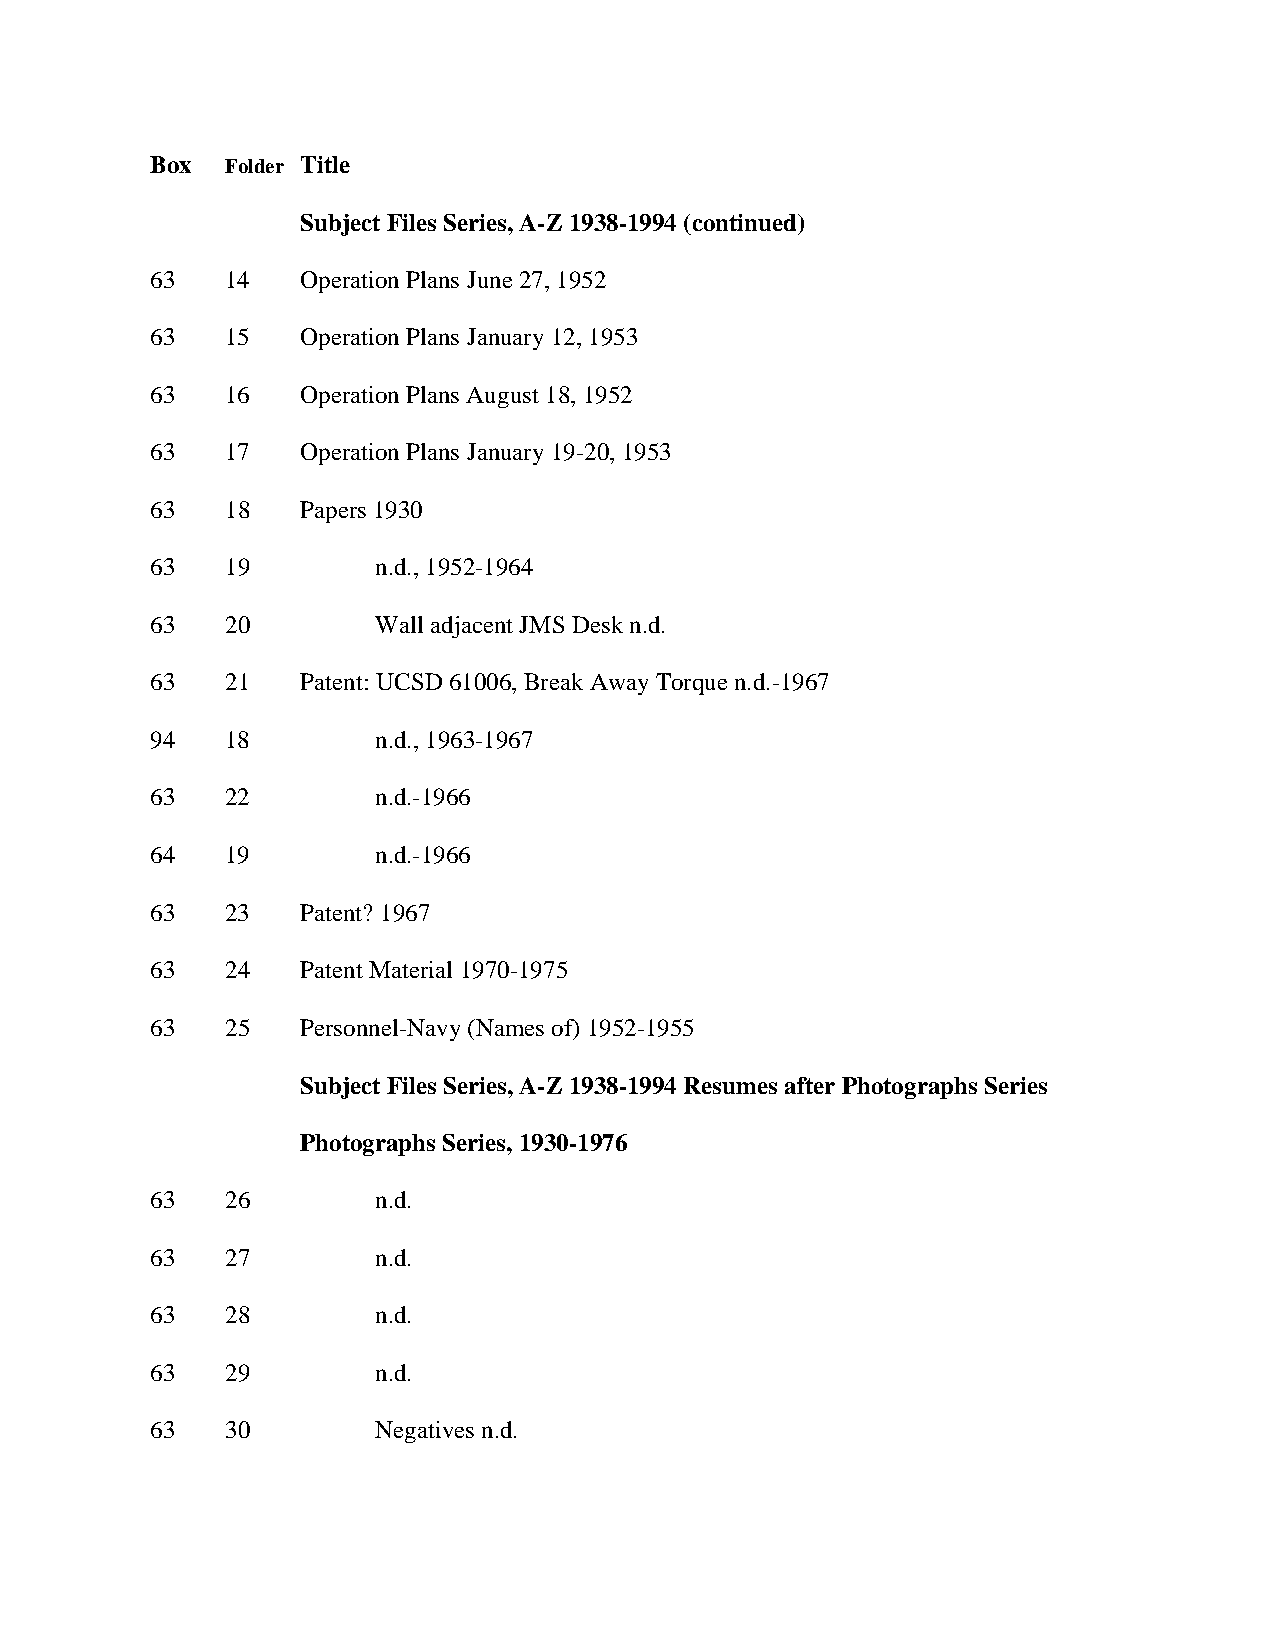
Box  Folder Title
 Subject Files Series, A-Z 1938-1994 (continued)
 63   14   Operation Plans June 27, 1952
 63   15   Operation Plans January 12, 1953
 63   16   Operation Plans August 18, 1952
 63   17   Operation Plans January 19-20, 1953
 63   18   Papers 1930
 63   19        n.d., 1952-1964
 63   20        Wall adjacent JMS Desk n.d.
 63   21   Patent: UCSD 61006, Break Away Torque n.d.-1967
 94   18        n.d., 1963-1967
 63   22        n.d.-1966
 64   19        n.d.-1966
 63   23   Patent? 1967
 63   24   Patent Material 1970-1975
 63   25   Personnel-Navy (Names of) 1952-1955
 Subject Files Series, A-Z 1938-1994 Resumes after Photographs Series
 Photographs Series, 1930-1976
 63   26        n.d.
 63   27        n.d.
 63   28        n.d.
 63   29        n.d.
 63   30        Negatives n.d.